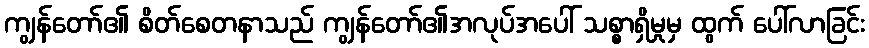
ကျွန်တော်၏ စိတ်စေတနာသည် ကျွန်တော်၏အလုပ်အပေါ် သစ္စာရှိမှုမှ ထွက် ပေါ်လာခြင်း